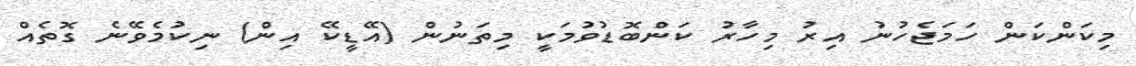
މިކަންކަން ހަމަޖެހުނު އިރު މިހާރު ކަންބޮޑުވުމަކީ މިތަނުން (އޭޑީކޭ އިން) ނިކުމެވޭނެ ގޮތެއް